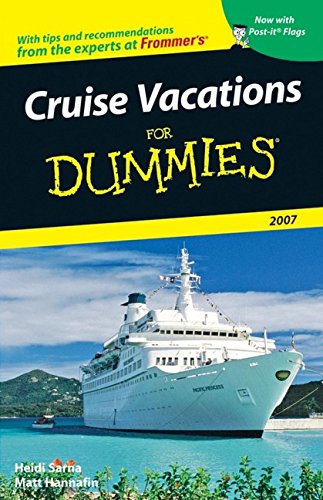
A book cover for Cruise Vacations For Dummies 2007 (Dummies Travel); Heidi Sarna; Travel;